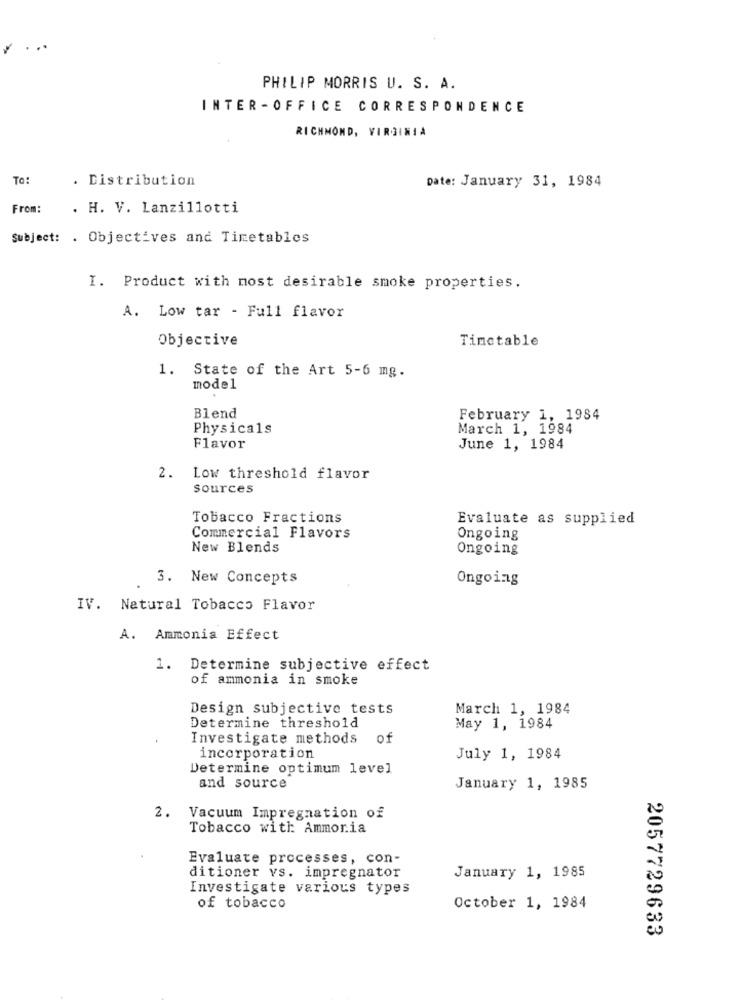
PHILIP MORRIS U. S. A.
INTER -OFFICE CORRESPONDENCE
RICHMOND, VIRGINIA
To:
. Distribution
Date: January 31, 1984
From:
. H. V. Lanzillotti
Subject: . Objectives and Timetables
I. Product with most desirable smoke properties.
A. Low tar - Full flavor
Objective
Timetable
1. State of the Art 5-6 mg.
model
Blend
February 1, 1984
Physicals
March 1, 1984
Flavor
June 1, 1984
2. Low threshold flavor
sources
Tobacco Fractions
Evaluate as supplied
Commercial Flavors
Ongoing
New Blends
Ongoing
3. New Concepts
Ongoing
IV. Natural Tobacco Flavor
A. Ammonia Effect
1. Determine subjective effect
of ammonia in smoke
Design subjective tests
March 1, 1984
Determine threshold
May 1, 1984
Investigate methods of
incorporation
July 1, 1984
Determine optimum level
and source
January 1, 1985
2. Vacuum Impregnation of
Tobacco with Ammonia
Evaluate processes, con-
ditioner vs. impregnator
January 1, 1985
Investigate various types
of tobacco
October 1, 1984
2057729633